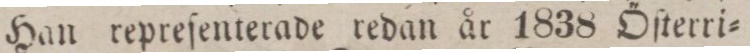
Han repreſenterade redan år 1838 Öſterri=